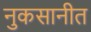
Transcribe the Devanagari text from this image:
नुकसानीत